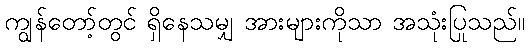
ကျွန်တော့်တွင် ရှိနေသမျှ အားများကိုသာ အသုံးပြုသည်။